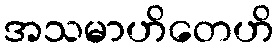
အသမာဟိတေဟိ